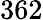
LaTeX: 362